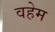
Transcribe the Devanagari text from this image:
वहेम